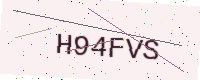
Text: H94FVS